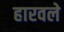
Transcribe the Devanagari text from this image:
हारवले